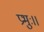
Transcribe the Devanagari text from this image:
प्रभुः।।